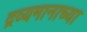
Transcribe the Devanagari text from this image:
द्रव्यमानाच्या